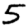
Digit: 5